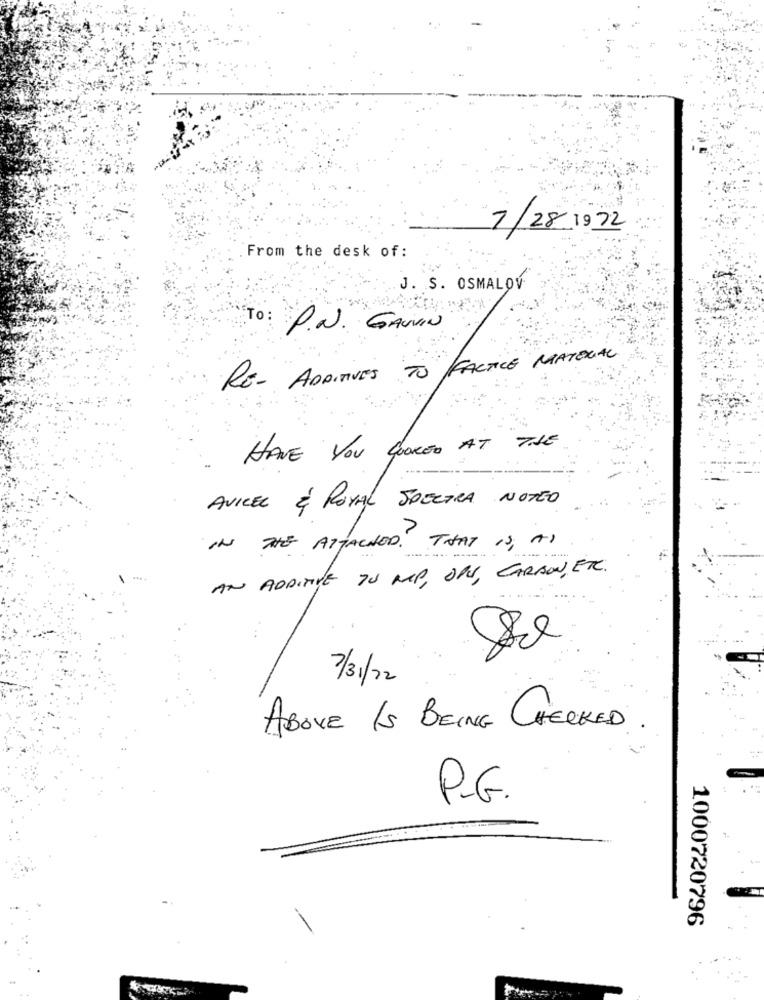
7/28-1972
From the desk of:
J. S. OSMALOV
To: P.N. GAUVIN
FACTICE
MATERIAL
RE- ADDITIVES TO
HAVE YOU LOOKED AT THE
AVICEL É ROYAL SPECTRA NOTEO
IN THE ATTACHED? THAT IS, AS
AN ADDITIVE TU MP, OPU, CARBON, ETC.
7/31/2
ABOVE IS BEING CHECKED
P.G.
1000720796